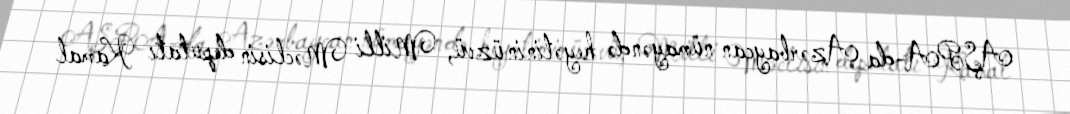
AŞPA-da Azərbaycan nümayəndə heyətinin üzvü, Milli Məclisin deputatı Kamal